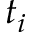
t _ { i }